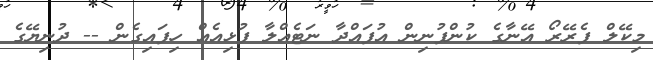
މިކޭލް ފެރޭރޯ އޭނާގެ ކުންފުނިން އުފައްދާ ނަޓެއްލާ ފުޅިއެއް ހިފައިގެން -- ދުނިޔޭގެ